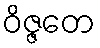
ဝိဇ္ဇတေ